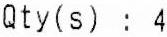
QTY(S) : 4